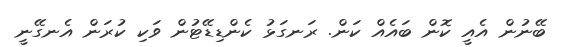
ބޭނުން އެއީ ކޮން ބައެއް ކަން. ރަނގަޅު ކެންޑިޑޭޓުން ވަކި ކުރަން އެނގޭނީ